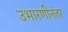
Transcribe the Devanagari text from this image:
उभारणीनंतर